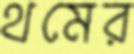
থমের